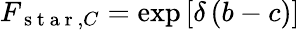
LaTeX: F_{\mathrm{~s~t~a~r~},C}=\exp\left[\delta\left(b-c\right)\right]